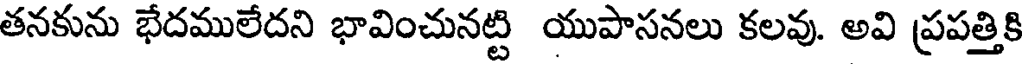
తనకును భేదములేదని భావించునట్టి యుపాసనలు కలవు. అవి ప్రపత్తికి